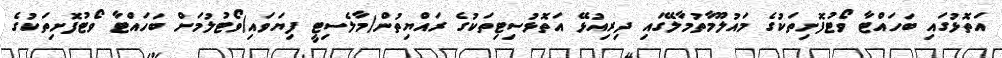
އަތޮޅުގައި ބަހައްޓާ ވޯޓުފޮށިތަކުގެ މައުލޫމާތުމާލޭގައި ދިރިއުޅޭ އަތޮޅުސިޓިތަކުގެ ރައްޔިތުން(މާލެސިޓީ ފިޔަވައި)ވޯޓުލުމަށް ބަހައްޓާ ވޯޓުފޮށިތަކުގެ